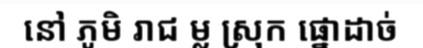
នៅ ភូមិ រាជ ម្ល ស្រុក ផ្នោដាច់